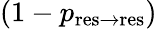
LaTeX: (1-p_{\mathrm{res\to res}})